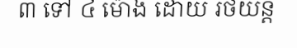
៣ ទៅ ៤ ម៉ោង ដោយ រថយន្ត